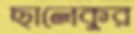
ছালেকুর